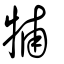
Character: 𤙭